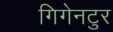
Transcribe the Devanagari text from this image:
गिगेनटुर